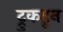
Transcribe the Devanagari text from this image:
ट्रुकहून